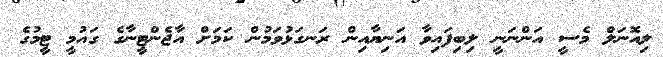
ލިއޮނަލް މެސީ އަންނަނީ ލިބިފައިވާ އަނިޔާއިން ރަނގަޅުވަމުން ކަމަށް އާޖެންޓީނާގެ ގައުމީ ޓީމުގެ